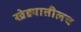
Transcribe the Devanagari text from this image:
खेड्यातीलच